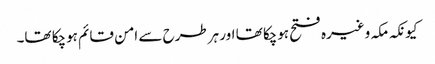
کیونکہ مکہ وغیرہ فتح ہوچکا تھا اور ہرطرح سے امن قائم ہوچکا تھا۔